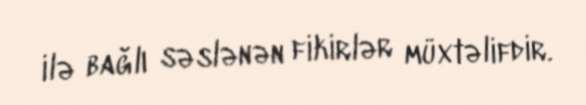
ilə bağlı səslənən fikirlər müxtəlifdir.